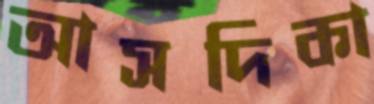
আসদিকা